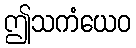
ဤသကံယေဝ